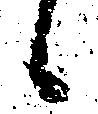
候